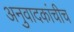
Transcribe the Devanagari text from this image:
अनुवादकांचीच